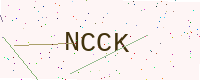
Text: NCCK